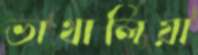
ভাথালিয়া